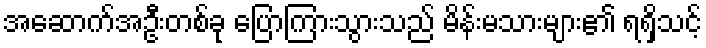
အဆောက်အဦးတစ်ခု ပြောကြားသွားသည် မိန်းမသားများ၏ ရရှိသင့်